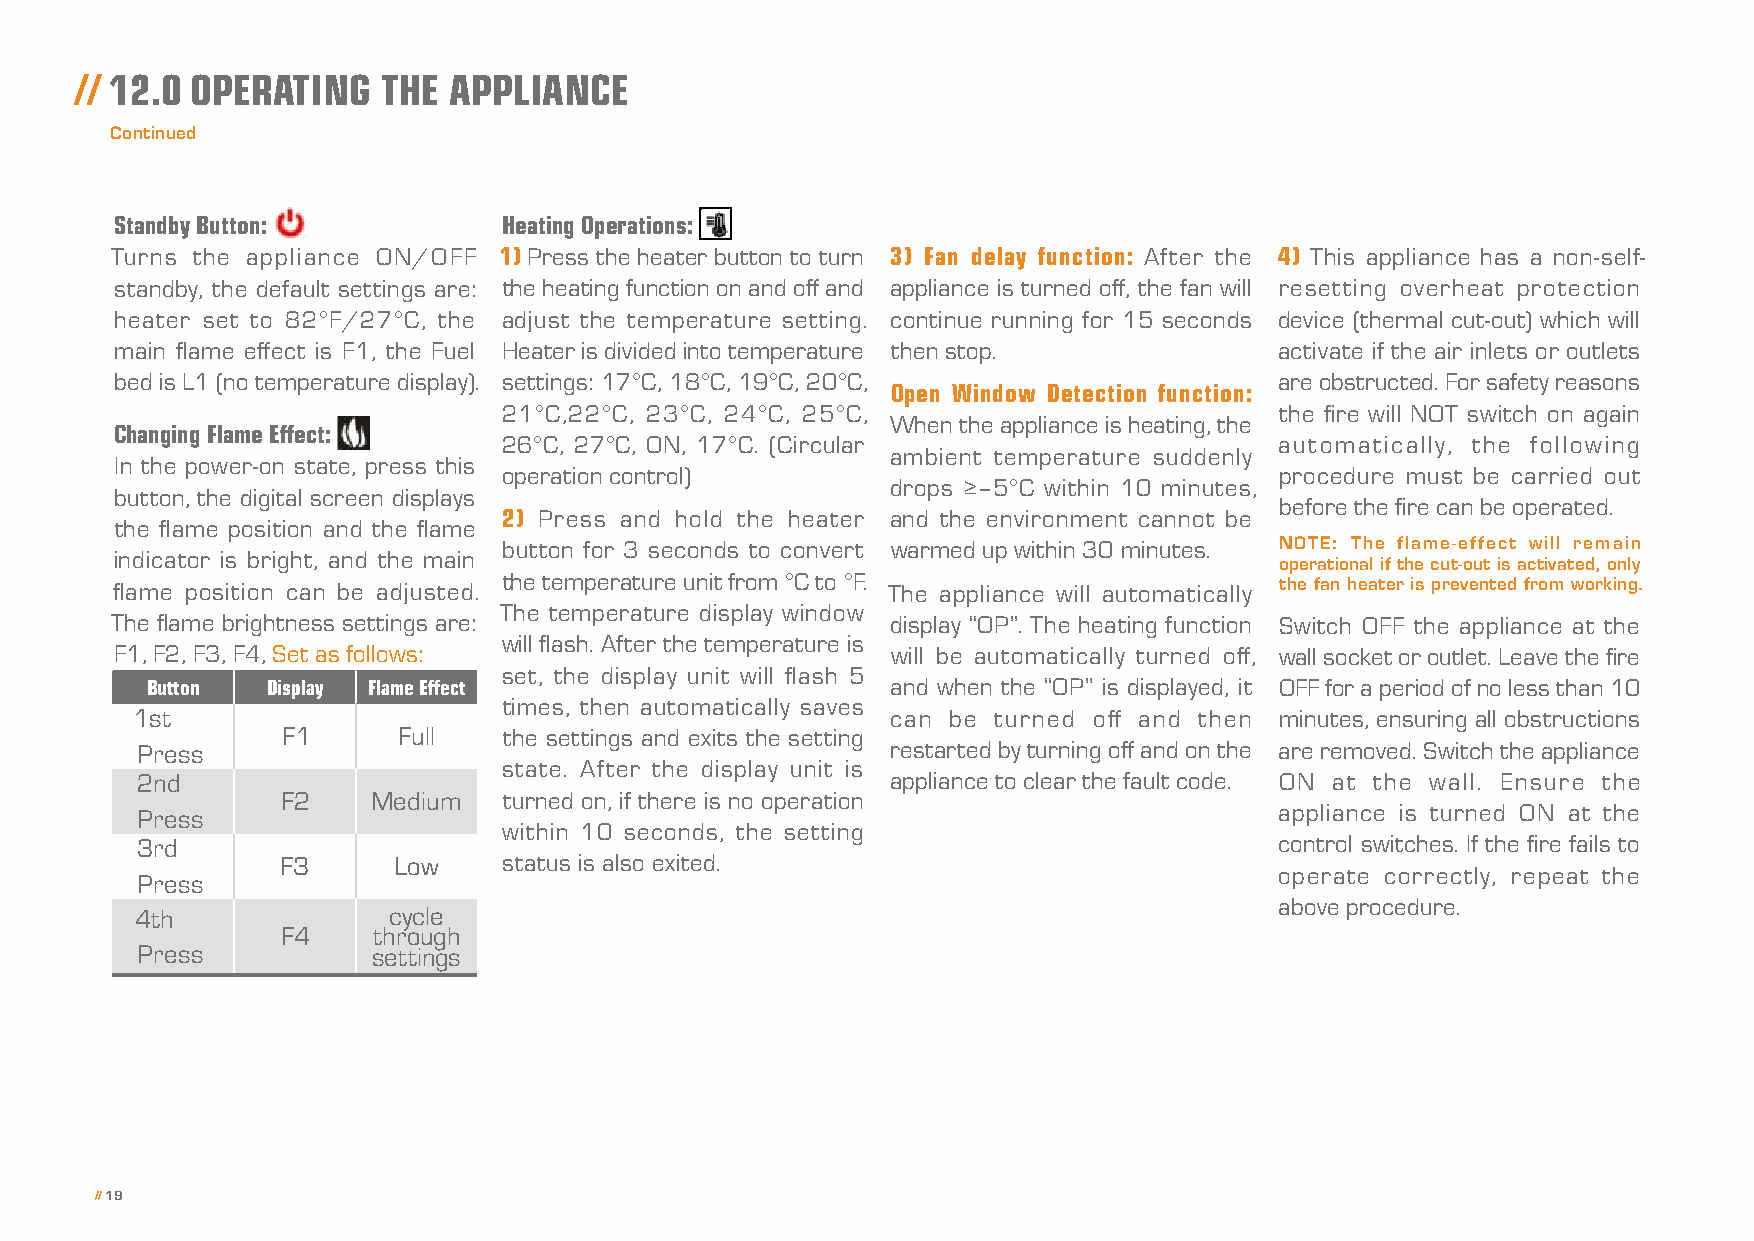
// 12.0 OPERATING   THE  APPLIANCE
 Continued
 Standby Button:          Heating Operations:
 Turns the appliance ON/OFF 1) Press the heater button to turn 3) Fan delay function: After the 4) This appliance has a non-self-
 standby, the default settings are: the heating function on and off and appliance is turned off, the fan will resetting overheat protection
 heater set to 82°F/27°C, the adjust the temperature setting. continue running for 15 seconds device (thermal cut-out) which will
 main flame effect is F1, the Fuel Heater is divided into temperature then stop. activate if the air inlets or outlets
 bed is L1 (no temperature display). settings: 17°C, 18°C, 19°C, 20°C,        are obstructed. For safety reasons
 Open Window Detection function:
 21°C,22°C, 23°C, 24°C, 25°C,                        the fire will NOT switch on again
 When the appliance is heating, the
 Changing Flame Effect:
 26°C, 27°C, ON, 17°C. (Circular                     automatically, the following
 ambient temperature suddenly
 In the power-on state, press this
 operation control)                                  procedure must be carried out
 drops ≥–5°C within 10 minutes,
 button, the digital screen displays
 before the fire can be operated.
 2) Press and hold the heater and the environment cannot be
 the flame position and the flame
 button for 3 seconds to convert warmed up within 30 minutes. NOTE: The flame-effect will remain
 indicator is bright, and the main
 operational if the cut-out is activated, only
 the temperature unit from °C to °F.
 flame position can be adjusted.                    The appliance will automatically the fan heater is prevented from working.
 The temperature display window
 The flame brightness settings are:                  display “OP”. The heating function Switch OFF the appliance at the
 will flash. After the temperature is
 F1, F2, F3, F4, Set as follows:                    will be automatically turned off, wall socket or outlet. Leave the fire
 set, the display unit will flash 5
 Button  Display Flame Effect                     and when the “OP” is displayed, it OFF for a period of no less than 10
 times, then automatically saves
 1st                                               can be turned off and then minutes, ensuring all obstructions
 F1     Full   the settings and exits the setting
 Press                                             restarted by turning off and on the are removed. Switch the appliance
 state. After the display unit is
 2nd                                               appliance to clear the fault code. ON at the wall. Ensure the
 F2    Medium  turned on, if there is no operation
 Press                                                                       appliance is turned ON at the
 within 10 seconds, the setting
 3rd                                                                         control switches. If the fire fails to
 F3     Low    status is also exited.
 operate correctly, repeat the
 Press
 above procedure.
 4th              cycle
 F4    through
 Press           settings
 // 19